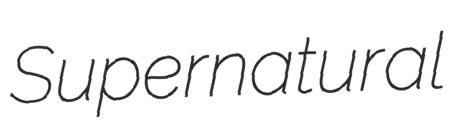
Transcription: Supernatural